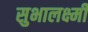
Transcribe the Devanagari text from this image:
सुभालक्ष्मी